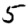
Digit: 5